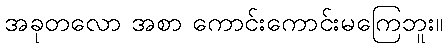
အခုတလော အစာ ကောင်းကောင်းမကြေဘူး။